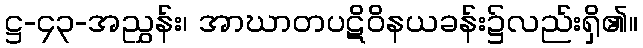
ဋ္ဌ-၄၃-အညွှန်း၊ အာဃာတပဋိဝိနယခန်း၌လည်းရှိ၏။